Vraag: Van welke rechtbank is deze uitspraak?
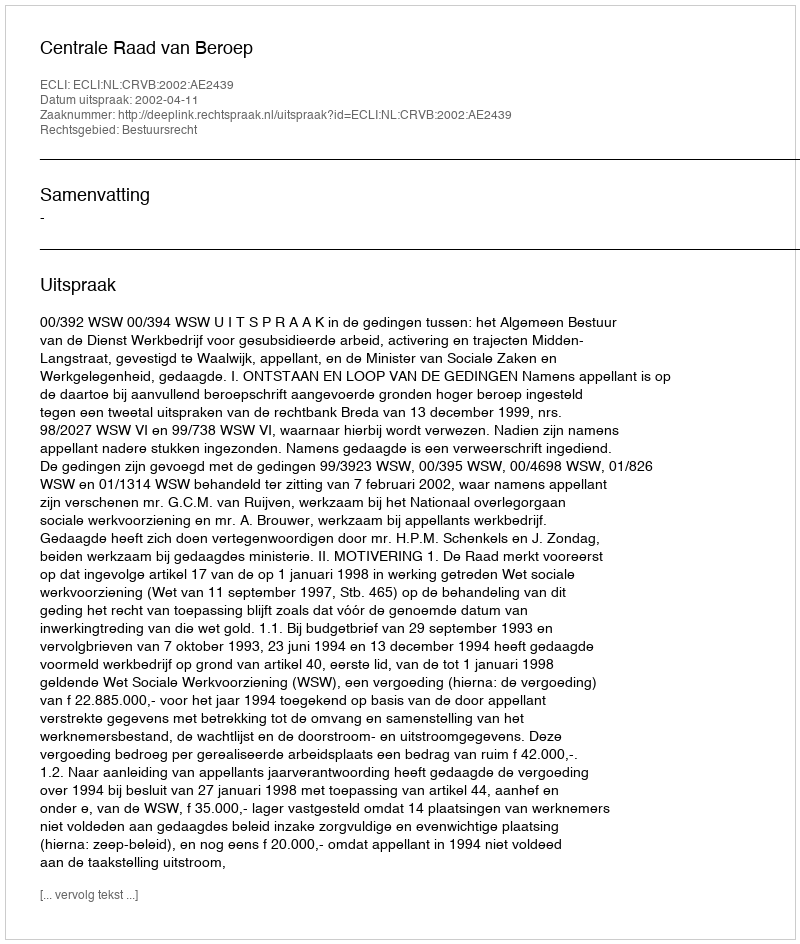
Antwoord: Centrale Raad van Beroep